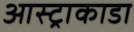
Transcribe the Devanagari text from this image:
आस्ट्राकाडा